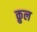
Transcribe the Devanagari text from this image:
क़ुल